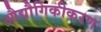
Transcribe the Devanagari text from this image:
औद्यौगिकीकरण